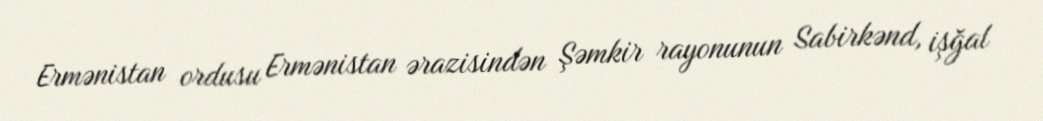
Ermənistan ordusu Ermənistan ərazisindən Şəmkir rayonunun Sabirkənd, işğal